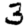
Digit: 3